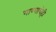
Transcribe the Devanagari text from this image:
गाण्याचेही